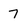
Character: 7